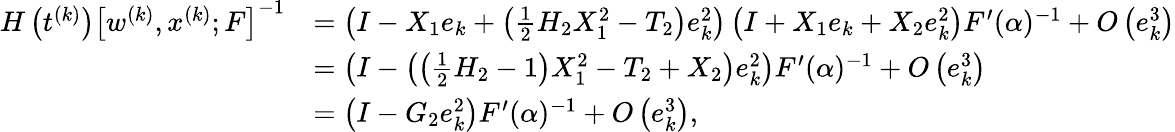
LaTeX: \begin{array}{rl}{H\left(t^{(k)}\right)\left[w^{(k)},x^{(k)};F\right]^{-1}}&{=\left(I-X_{1}e_{k}+\left(\frac{1}{2}H_{2}X_{1}^{2}-T_{2}\right)e_{k}^{2}\right)\left(I+X_{1}e_{k}+X_{2}e_{k}^{2}\right)F^{\prime}(\alpha)^{-1}+O\left(e_{k}^{3}\right)}\\ &{=\left(I-\left(\left(\frac{1}{2}H_{2}-1\right)X_{1}^{2}-T_{2}+X_{2}\right)e_{k}^{2}\right)F^{\prime}(\alpha)^{-1}+O\left(e_{k}^{3}\right)}\\ &{=\left(I-G_{2}e_{k}^{2}\right)F^{\prime}(\alpha)^{-1}+O\left(e_{k}^{3}\right),}\end{array}